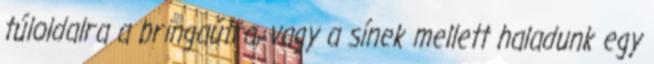
túloldalra a bringaútra, vagy a sínek mellett haladunk egy